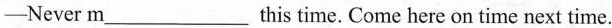
-Never m___ this time. Come here on time next time.